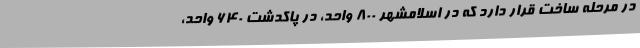
در مرحله ساخت قرار دارد که در اسلامشهر ۸۰۰ واحد، در پاکدشت ۶۴۰ واحد،